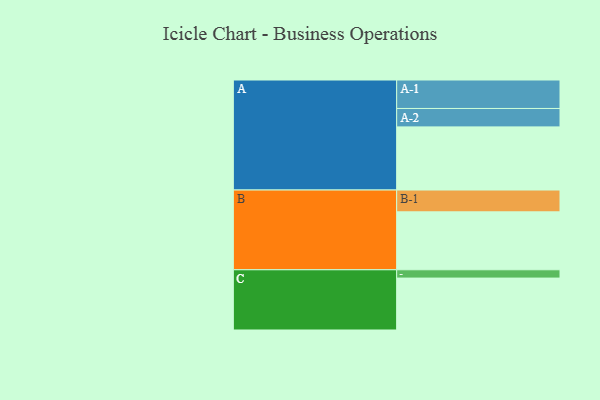
{"axis": {"x": "Segment", "y": "Value"}, "legend": ["", "A", "B", "C"], "data": [{"x": "A", "y": 388, "type": ""}, {"x": "B", "y": 356, "type": ""}, {"x": "C", "y": 319, "type": ""}, {"x": "A-1", "y": 175, "type": "A"}, {"x": "A-2", "y": 113, "type": "A"}, {"x": "B-1", "y": 134, "type": "B"}, {"x": "C-1", "y": 51, "type": "C"}]}